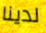
لدينا